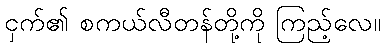
ငှက်၏ စကယ်လီတန်တို့ကို ကြည့်လေ။